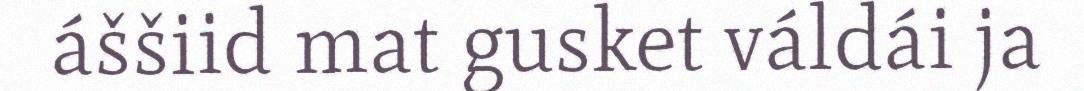
áššiid mat gusket váldái ja